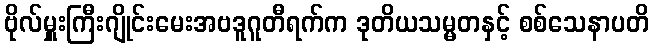
ဗိုလ်မှူးကြီးဂျိုင်းမေးအဗဒူဂူတီရက်က ဒုတိယသမ္မတနှင့် စစ်သေနာပတိ